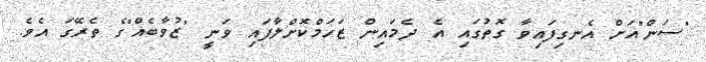
"ސަން"އަށް އެނގިފައިވާ ގޮތުގައި އެ ދެމައިން ޒަހަމްކޮށްލާފައި ވަނީ "ޒުވާބެއް"ގެ ތެރޭގަ އެވެ.